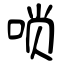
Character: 唢